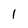
Character: 1